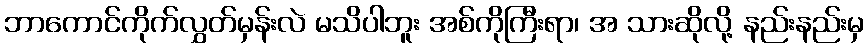
ဘာကောင်ကိုက်လွှတ်မှန်းလဲ မသိပါဘူး အစ်ကိုကြီးရာ၊ အ သားဆိုလို့ နည်းနည်းမှ